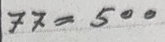
77 = 500